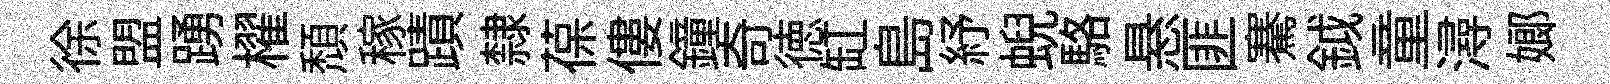
徐盟踴櫂頹稼蹟隸葆僂鐘奇徳缸島紓蜺駱悬匪騫鉞童潯嫏